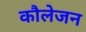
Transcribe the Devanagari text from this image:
कौलेजन